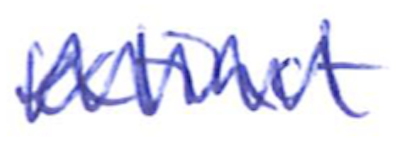
Text: extinct
Cross-out: mix
Writing tool: ballpoint